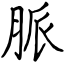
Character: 脈